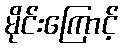
မိုင်းကြောင့်